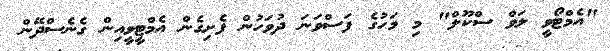
"އެމްޓޯވީ ލަވް ސްކޫލް" މި މަހުގެ ފަސްވަނަ ދުވަހުން ފެށިގެން އެމްޓީވީއިން ގެނެސްދޭން